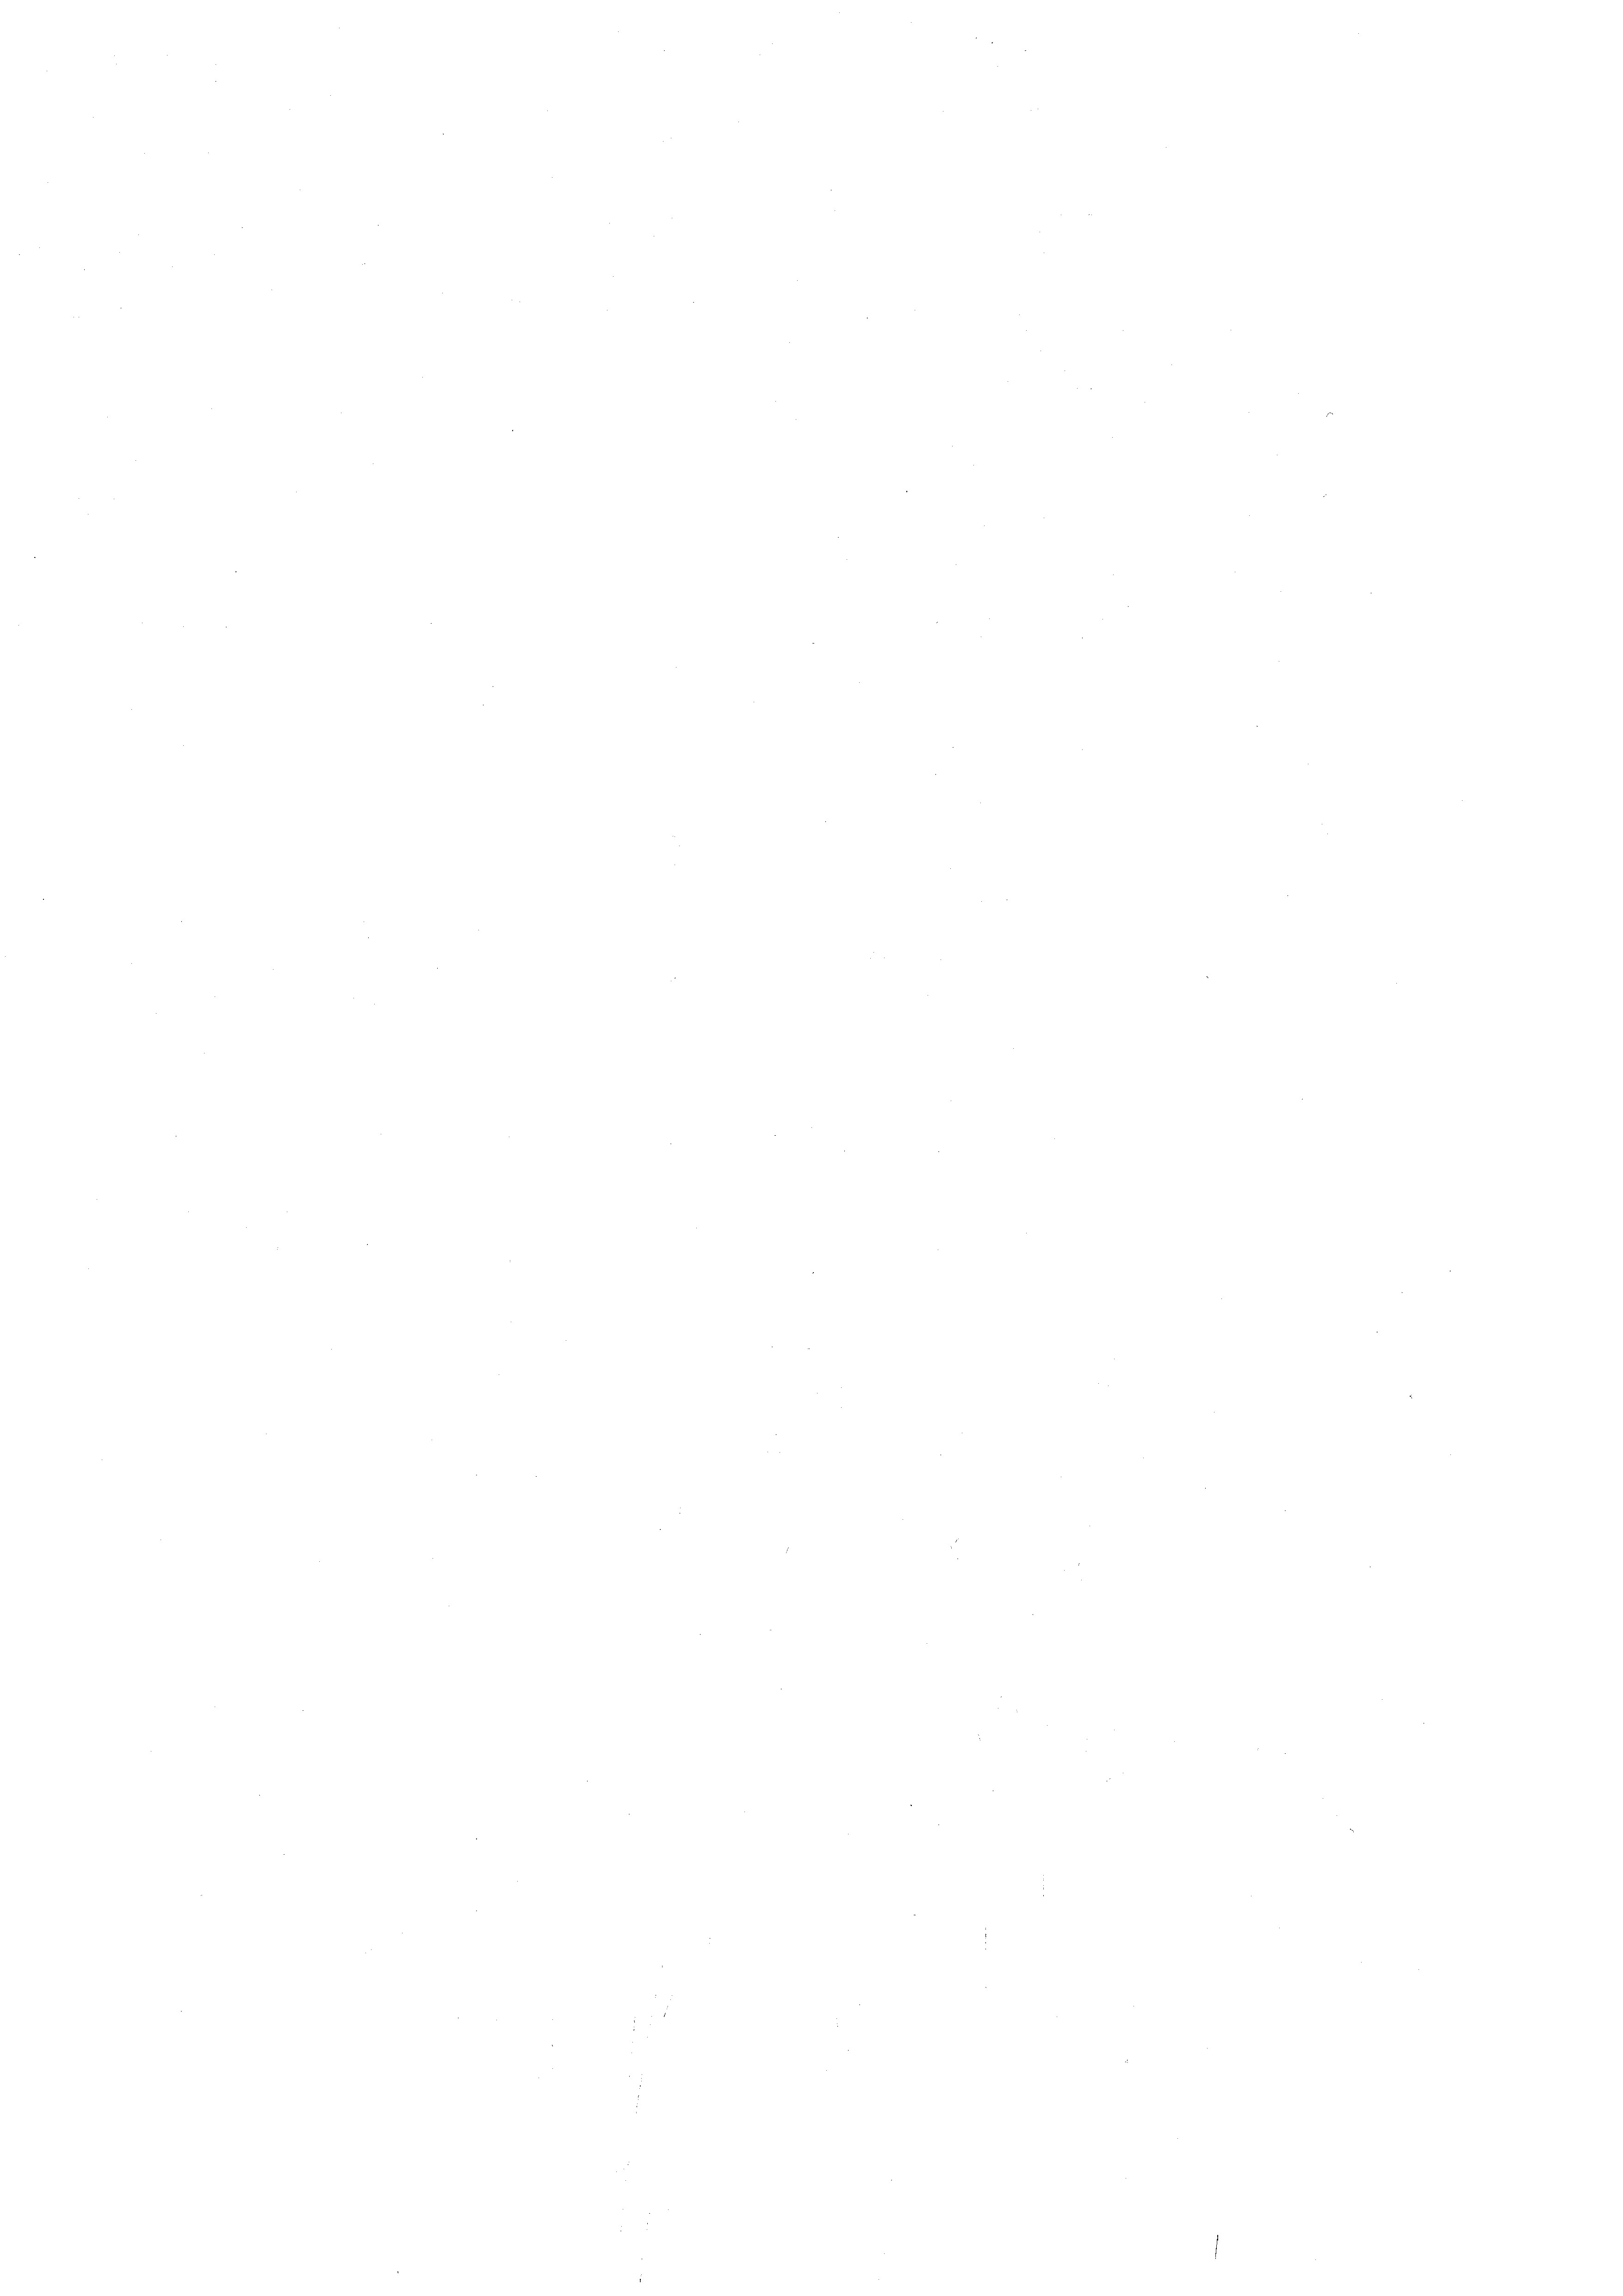
¬

e

2.
|

n

¬

e
e

e

e

¬

¬

e
n

.

¬

n
n

n

e
e
.

e
e

e
e
e
e
e

e
¬
e
.
e
¬
.
e

e

¬
2

e

2

d
e
n
¬
n
¬
e
¬
¬

e
.
e

d
e
n
e
e
n
.
.
¬
e
¬
e
e
.
e
e
¬
n
e
e
e
e
e
¬
e
e
e
¬
¬
e

¬

3

e

.

d

n

e

.
e
¬
|
¬
e
¬
e
e
.
¬
e
n
e
e
.
e

.
e
e
e
¬

e

12.

E

e

2

e
e
n

e
e

e

e
e
.

e
d

e
.
¬